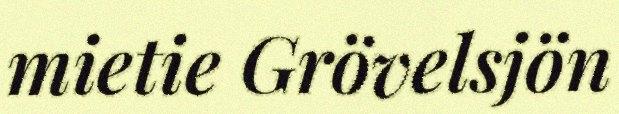
mietie Grövelsjön